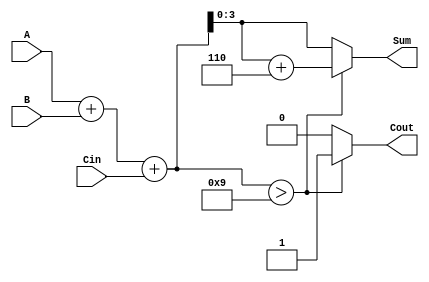
module BCD_Hybrid_Adder (
    input  wire [3:0] A,       // First BCD digit (0-9)
    input  wire [3:0] B,       // Second BCD digit (0-9)
    input  wire       Cin,      // Carry input (0 or 1)
    output reg  [3:0] Sum,      // BCD sum output (0-9)
    output reg       Cout       // Carry output (0 or 1)
);

    wire [4:0] binary_sum;      // 5-bit sum to account for overflow

    // Step 1: Compute the binary sum of A, B and Cin
    assign binary_sum = A + B + Cin;

    // Step 2: Check if the binary sum exceeds the BCD range
    always @(*) begin
        if (binary_sum > 9) begin
            // If sum exceeds 9, add 6 (0x6) to correct it
            Sum = binary_sum + 5'b00110; // 6 in binary
            Cout = 1;                    // Set carry out
        end else begin
            Sum = binary_sum[3:0];       // Use lower 4 bits as sum
            Cout = 0;                    // No carry out
        end
    end

endmodule